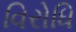
વિરોધિ